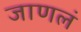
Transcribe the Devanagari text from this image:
जाणलं